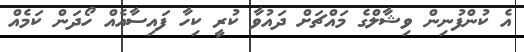
އެ ކުންފުނިން ވިޝާލްގެ މައްޗަށް ދައުވާ ކުރީ ކިހާ ފައިސާއެއް ހޯދަން ކަމެއް